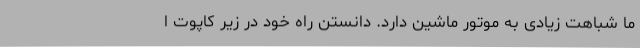
ما شباهت زیادی به موتور ماشین دارد. دانستن راه خود در زیر کاپوت ا